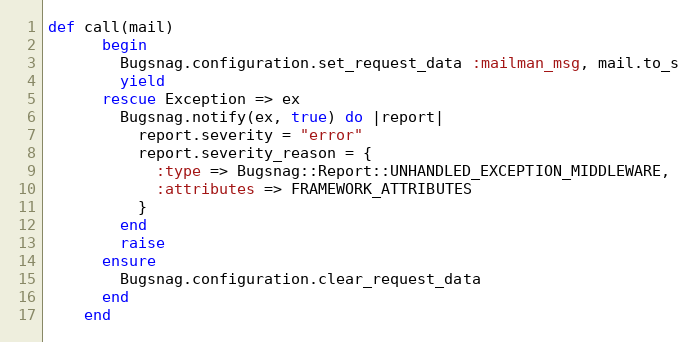
Language: Ruby
def call(mail)
      begin
        Bugsnag.configuration.set_request_data :mailman_msg, mail.to_s
        yield
      rescue Exception => ex
        Bugsnag.notify(ex, true) do |report|
          report.severity = "error"
          report.severity_reason = {
            :type => Bugsnag::Report::UNHANDLED_EXCEPTION_MIDDLEWARE,
            :attributes => FRAMEWORK_ATTRIBUTES
          }
        end
        raise
      ensure
        Bugsnag.configuration.clear_request_data
      end
    end